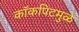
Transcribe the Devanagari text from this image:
कॉकपिटमुळे